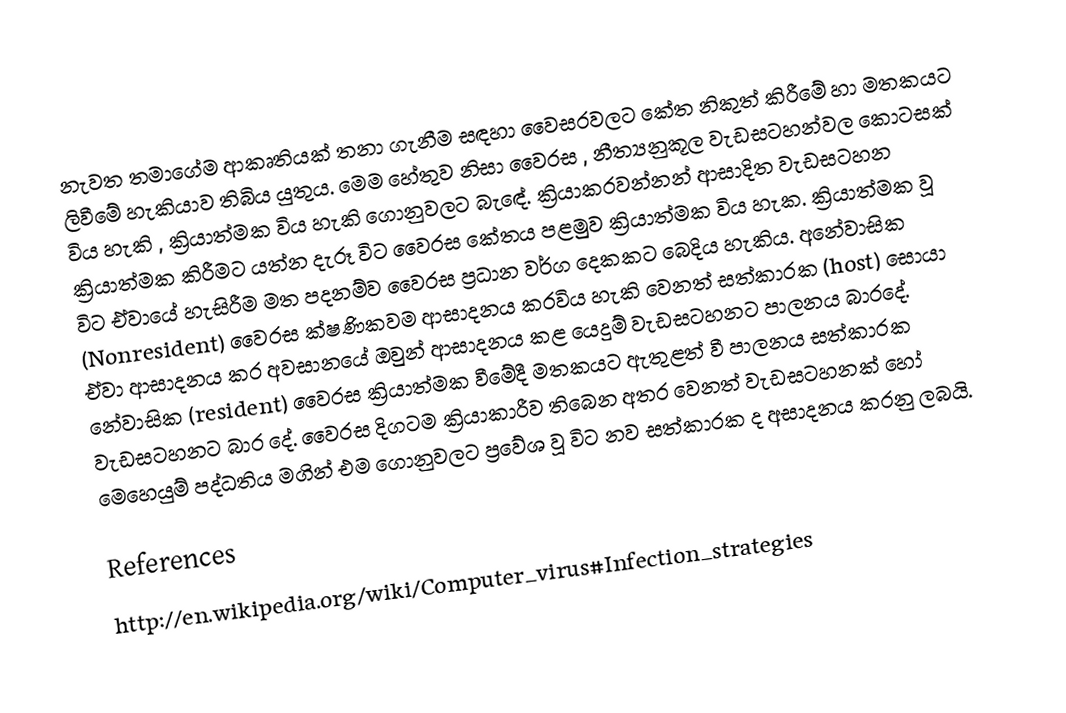
නැවත තමාගේම ආකෘතියක් තනා ගැනීම සඳහා වෛසරවලට කේත නිකුත් කිරීමේ හා මතකයට ලිවීමේ හැකියාව තිබිය යුතුය. මෙම හේතුව ‍නිසා වෛරස , නීත්‍යනුකූල වැඩසටහන්වල කොටසක් විය හැකි , ක්‍රියාත්මක විය හැකි ගොනුවලට බැ‍ඳේ. ක්‍රියාකරවන්නන් ආසාදිත වැඩසටහන ක්‍රියාත්මක කිරීමට යත්න දැරූ විට වෛරස කේතය පළමුව ක්‍රියාත්මක විය හැක. ක්‍රියාත්මක වූ විට  ඒවායේ හැසිරීම මත පදනම්ව වෛරස ප්‍රධාන වර්ග දෙකකට බෙදිය හැකිය. අනේවාසික (Nonresident) වෛරස ක්ෂණිකවම ආසාදනය කරවිය හැකි වෙනත් සත්කාරක (host) සොයා ඒවා ආසාදනය කර අවසානයේ ඔවුන් ආසාදනය කළ යෙදුම් වැඩසටහනට පාලනය බාරදේ. නේවාසික (resident) වෛරස ක්‍රියාත්මක වීමේදී මතකයට ඇතුළත් වී පාලනය සත්කාරක වැඩසටහනට බාර දේ. වෛරස දිගටම ක්‍රියාකාරීව තිබෙන අතර ‍වෙනත් වැඩසටහනක් හෝ මෙහෙයුම් පද්ධතිය මගින් එම ගොනුවලට ප්‍රවේශ වූ විට නව සත්කාරක ද අසාදනය කරනු ලබයි.

References
http://en.wikipedia.org/wiki/Computer_virus#Infection_strategies